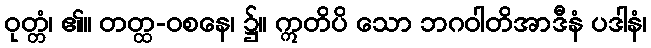
ဝုတ္တံ၊ ၏။ တတ္ထ-ဝစနေ၊ ၌။ ဣတိပိ သော ဘဂဝါတိအာဒီနံ ပဒါနံ၊